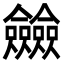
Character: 𠑲